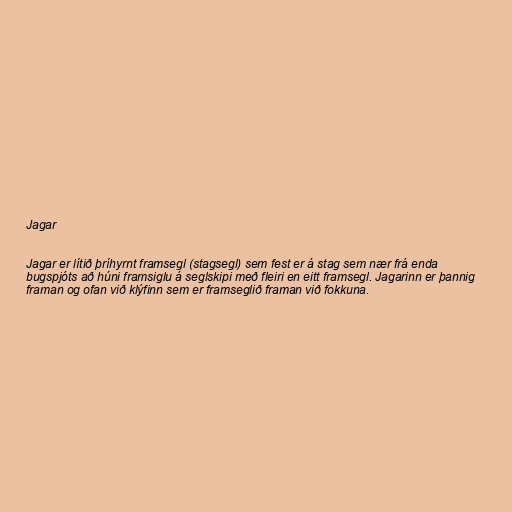
Jagar

Jagar er lítið þríhyrnt framsegl (stagsegl) sem fest er á stag sem nær frá enda
bugspjóts að húni framsiglu á seglskipi með fleiri en eitt framsegl. Jagarinn er þannig
framan og ofan við klýfinn sem er framseglið framan við fokkuna.